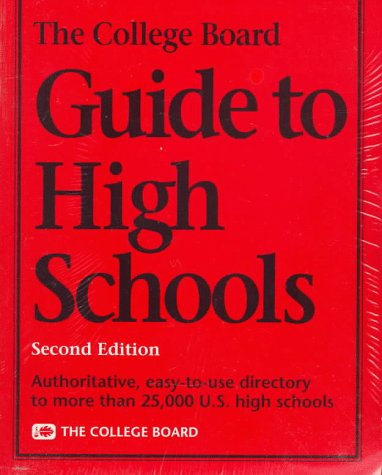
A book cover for The College Board Guide to High Schools; College Board; Test Preparation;